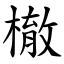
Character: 㯙